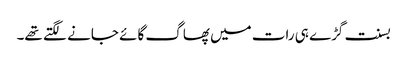
بسنت گڑے ہی رات میں پھاگ گائے جانے لگتے تھے۔